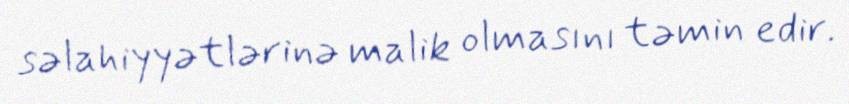
səlahiyyətlərinə malik olmasını təmin edir.